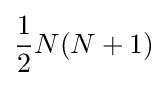
{\frac {1}{2}}N(N+1)